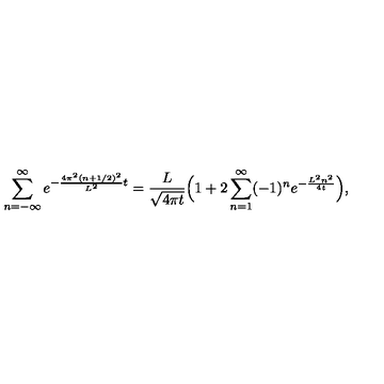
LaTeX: \sum _ { n = - \infty } ^ { \infty } e ^ { - { \frac { 4 \pi ^ { 2 } ( n + 1 / 2 ) ^ { 2 } } { L ^ { 2 } } } t } = { \frac { L } { \sqrt { 4 \pi t } } } \Bigl ( 1 + 2 \sum _ { n = 1 } ^ { \infty } ( - 1 ) ^ { n } e ^ { - { \frac { L ^ { 2 } n ^ { 2 } } { 4 t } } } \Bigr ) ,